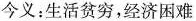
今义：生活贫穷，经济困难